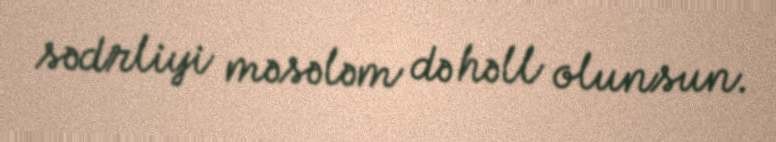
sədrliyi məsələm də həll olunsun.